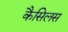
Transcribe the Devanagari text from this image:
कैसिलस